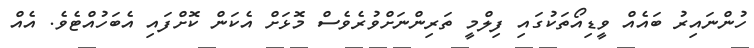
ހުންނައިރު ބައެއް ވީޑިއޯތަކުގައި ފިލްމީ ތަރިންނަށްވުރެވެސް މޮޅަށް އެކަން ކޮށްފައި އެބަހުއްޓެވެ. އެއް